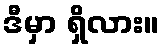
ဒီမှာ ရှိလား။